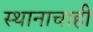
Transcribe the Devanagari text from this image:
स्थानाचाही